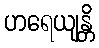
ဟရေယျန္တိ